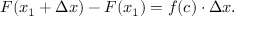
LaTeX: F ( x _ { 1 } + \Delta x ) - F ( x _ { 1 } ) = f ( c ) \cdot \Delta x .